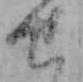
せ